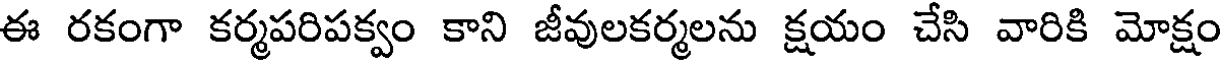
ఈ రకంగా కర్మపరిపక్వం కాని జీవులకర్మలను క్షయం చేసి వారికి మోక్షం